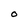
Character: O